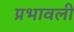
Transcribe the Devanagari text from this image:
प्रभावली